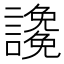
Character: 䜛